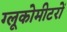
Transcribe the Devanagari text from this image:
ग्लूकोमीटरों